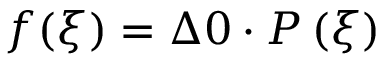
f ( \xi ) = \Delta 0 \cdot P \left( \xi \right)